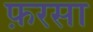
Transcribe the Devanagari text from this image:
फ़रसा